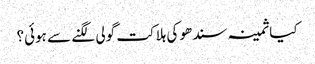
کیا ثمینہ سندھو کی ہلاکت گولی لگنے سے ہوئی؟